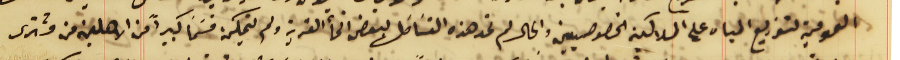
العمومية لتوزيع المياه على الملاكين الخصوصيين والحال لم تمد هذه القسَاطل لبعض انحأ القرية ولم يتمكن قسَمًا كبيراً من الاهلين من مشترى